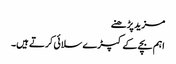
مزید پڑھنے
اہم بچے کے کپڑے سلائی کرتے ہیں۔